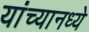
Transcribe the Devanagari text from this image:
यांच्यानध्ये